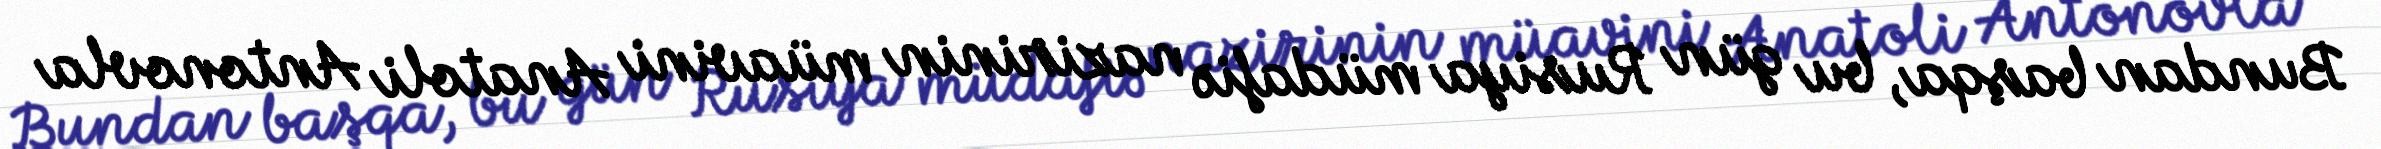
Bundan başqa, bu gün Rusiya müdafiə nazirinin müavini Anatoli Antonovla